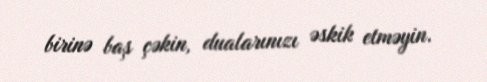
birinə baş çəkin, dualarınızı əskik etməyin.